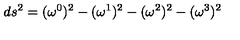
d s ^ { 2 } = ( { \omega } ^ { 0 } ) ^ { 2 } - ( { \omega } ^ { 1 } ) ^ { 2 } - ( { \omega } ^ { 2 } ) ^ { 2 } - ( { \omega } ^ { 3 } ) ^ { 2 }